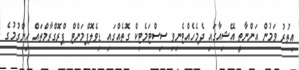
އިތުރު ވަމުން އަންނާތީ އޭޝިއާގައި ދެމެހެއްޓެނިވި ސިސްޓަމެޓިކް ގޮތެއްގައި ޑިވެލޮޕްމަންޓް ޕްރޮގްރާމްތައް ހިންގުމުގެ